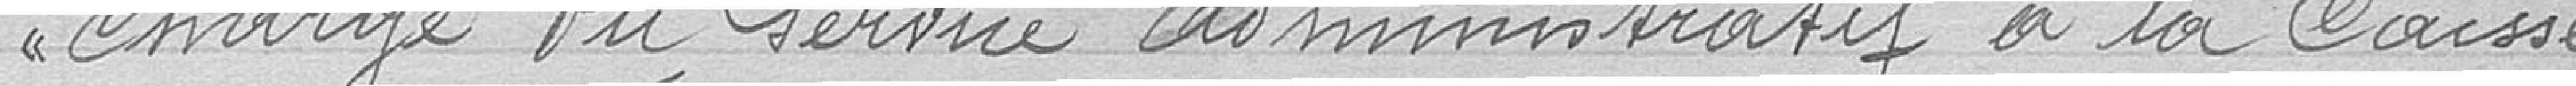
chargé du service administratif à la Caisse